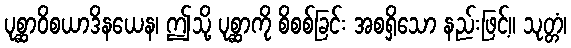
ပုစ္ဆာဝိစယာဒိနယေန၊ ဤသို့ ပုစ္ဆာကို စိစစ်ခြင်း အစရှိသော နည်းဖြင့်။ သုတ္တံ၊